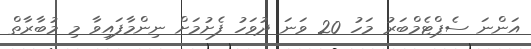
އަންނަ ސެޕްޓެމްބަރު މަހު 20 ވަނަ ދުވަހު ފެށުމަށް ނިންމާފައިވާ މި މުބާރާތް